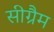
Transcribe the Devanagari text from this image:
सीग्रैम